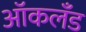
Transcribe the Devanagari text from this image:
आॅकलँड